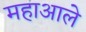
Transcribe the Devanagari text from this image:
महाआले